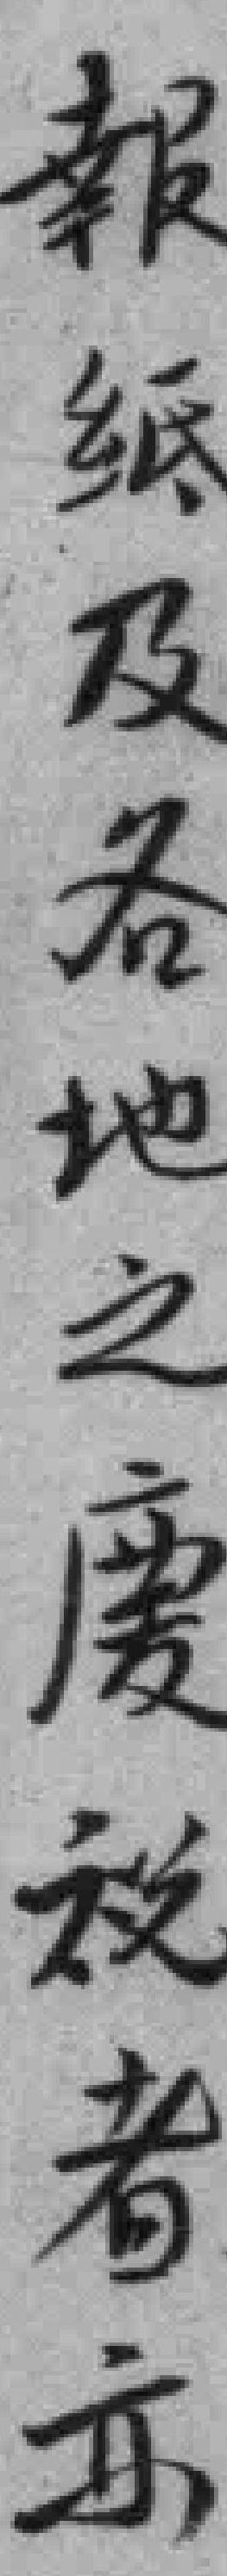
報紙及各地之慶祝者亦